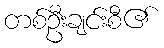
တစ်ဦးချင်းစီ၏